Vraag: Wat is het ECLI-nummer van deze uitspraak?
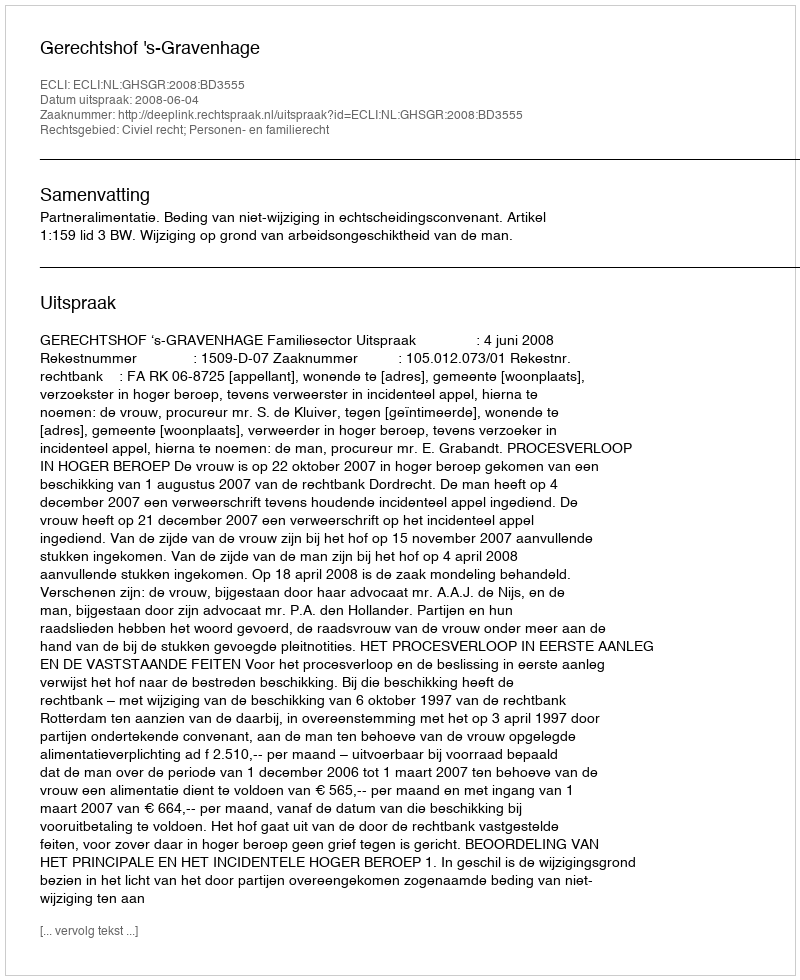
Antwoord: ECLI:NL:GHSGR:2008:BD3555